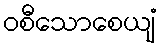
ဝစီသောစေယျံ